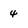
Character: 4